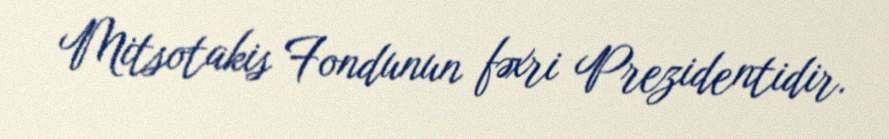
Mitsotakis Fondunun fəxri Prezidentidir.